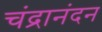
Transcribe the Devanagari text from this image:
चंद्रानंदन